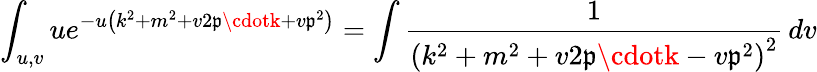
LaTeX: \int_{u,v}ue^{-u\left(k^{2}+m^{2}+v2\mathfrak{p}\cdotk+v\mathfrak{p}^{2}\right)}=\int{\frac{{1}}{{\left(k^{2}+m^{2}+v2\mathfrak{p}\cdotk-v\mathfrak{p}^{2}\right)^{2}}}}\, dv